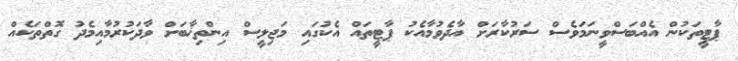
ޕާޓީތަކުން އެއްބަސްވީނަމަވެސް ސަރުކާރަށް އާދެވުމާއެކު ޕާޓީތައް އެކުގައި މަޖިލީސް އިންތިޚާބަށް ވާދަކުރުމާއިމެދު ގޮތްތަކެއް